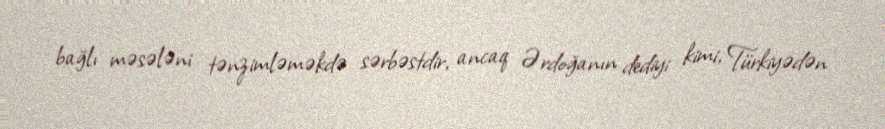
bağlı məsələni tənzimləməkdə sərbəstdir, ancaq Ərdoğanın dediyi kimi, Türkiyədən